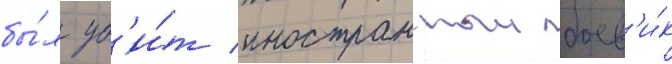
бы́л уб'и́т иностранныи боев'и́к